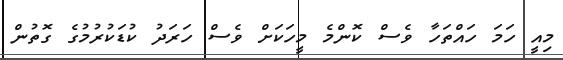
މިއީ ހަމަ ހައްތަހާ ވެސް ކޮންމެ މީހަކަށް ވެސް ހަރަދު ކުޑަކުރުމުގެ ގޮތުން